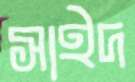
সাইদ